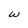
Character: w